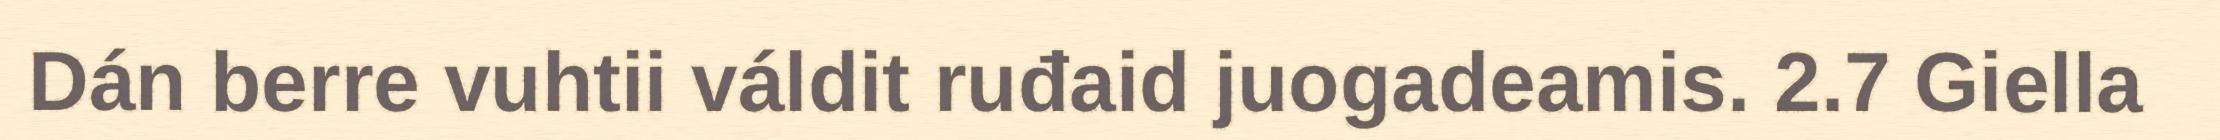
Dán berre vuhtii váldit ruđaid juogadeamis. 2.7 Giella